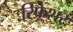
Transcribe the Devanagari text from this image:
रिफ्रेशर